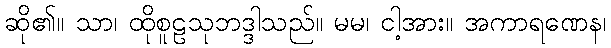
ဆို၏။ သာ၊ ထိုစူဠသုဘဒ္ဒါသည်။ မမ၊ ငါ့အား။ အကာရဏေန၊